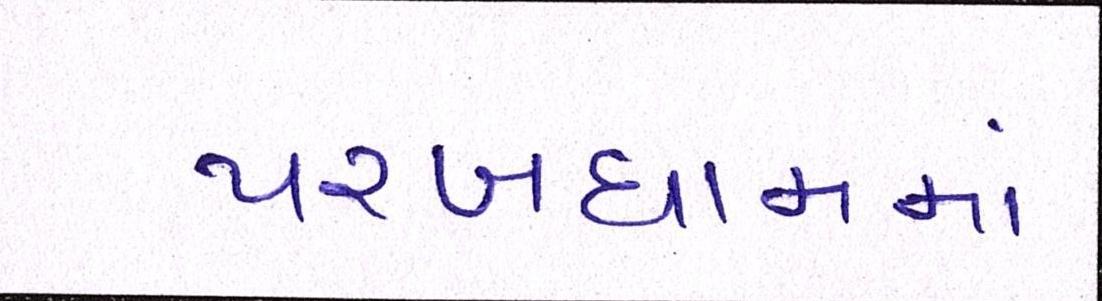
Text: પરબધામમાં